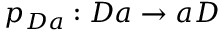
p _ { D a } : D a \rightarrow a D